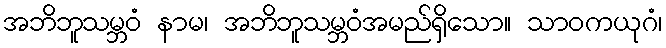
အဘိဘူသမ္ဘဝံ နာမ၊ အဘိဘူသမ္ဘဝံအမည်ရှိသော။ သာဝကယုဂံ၊